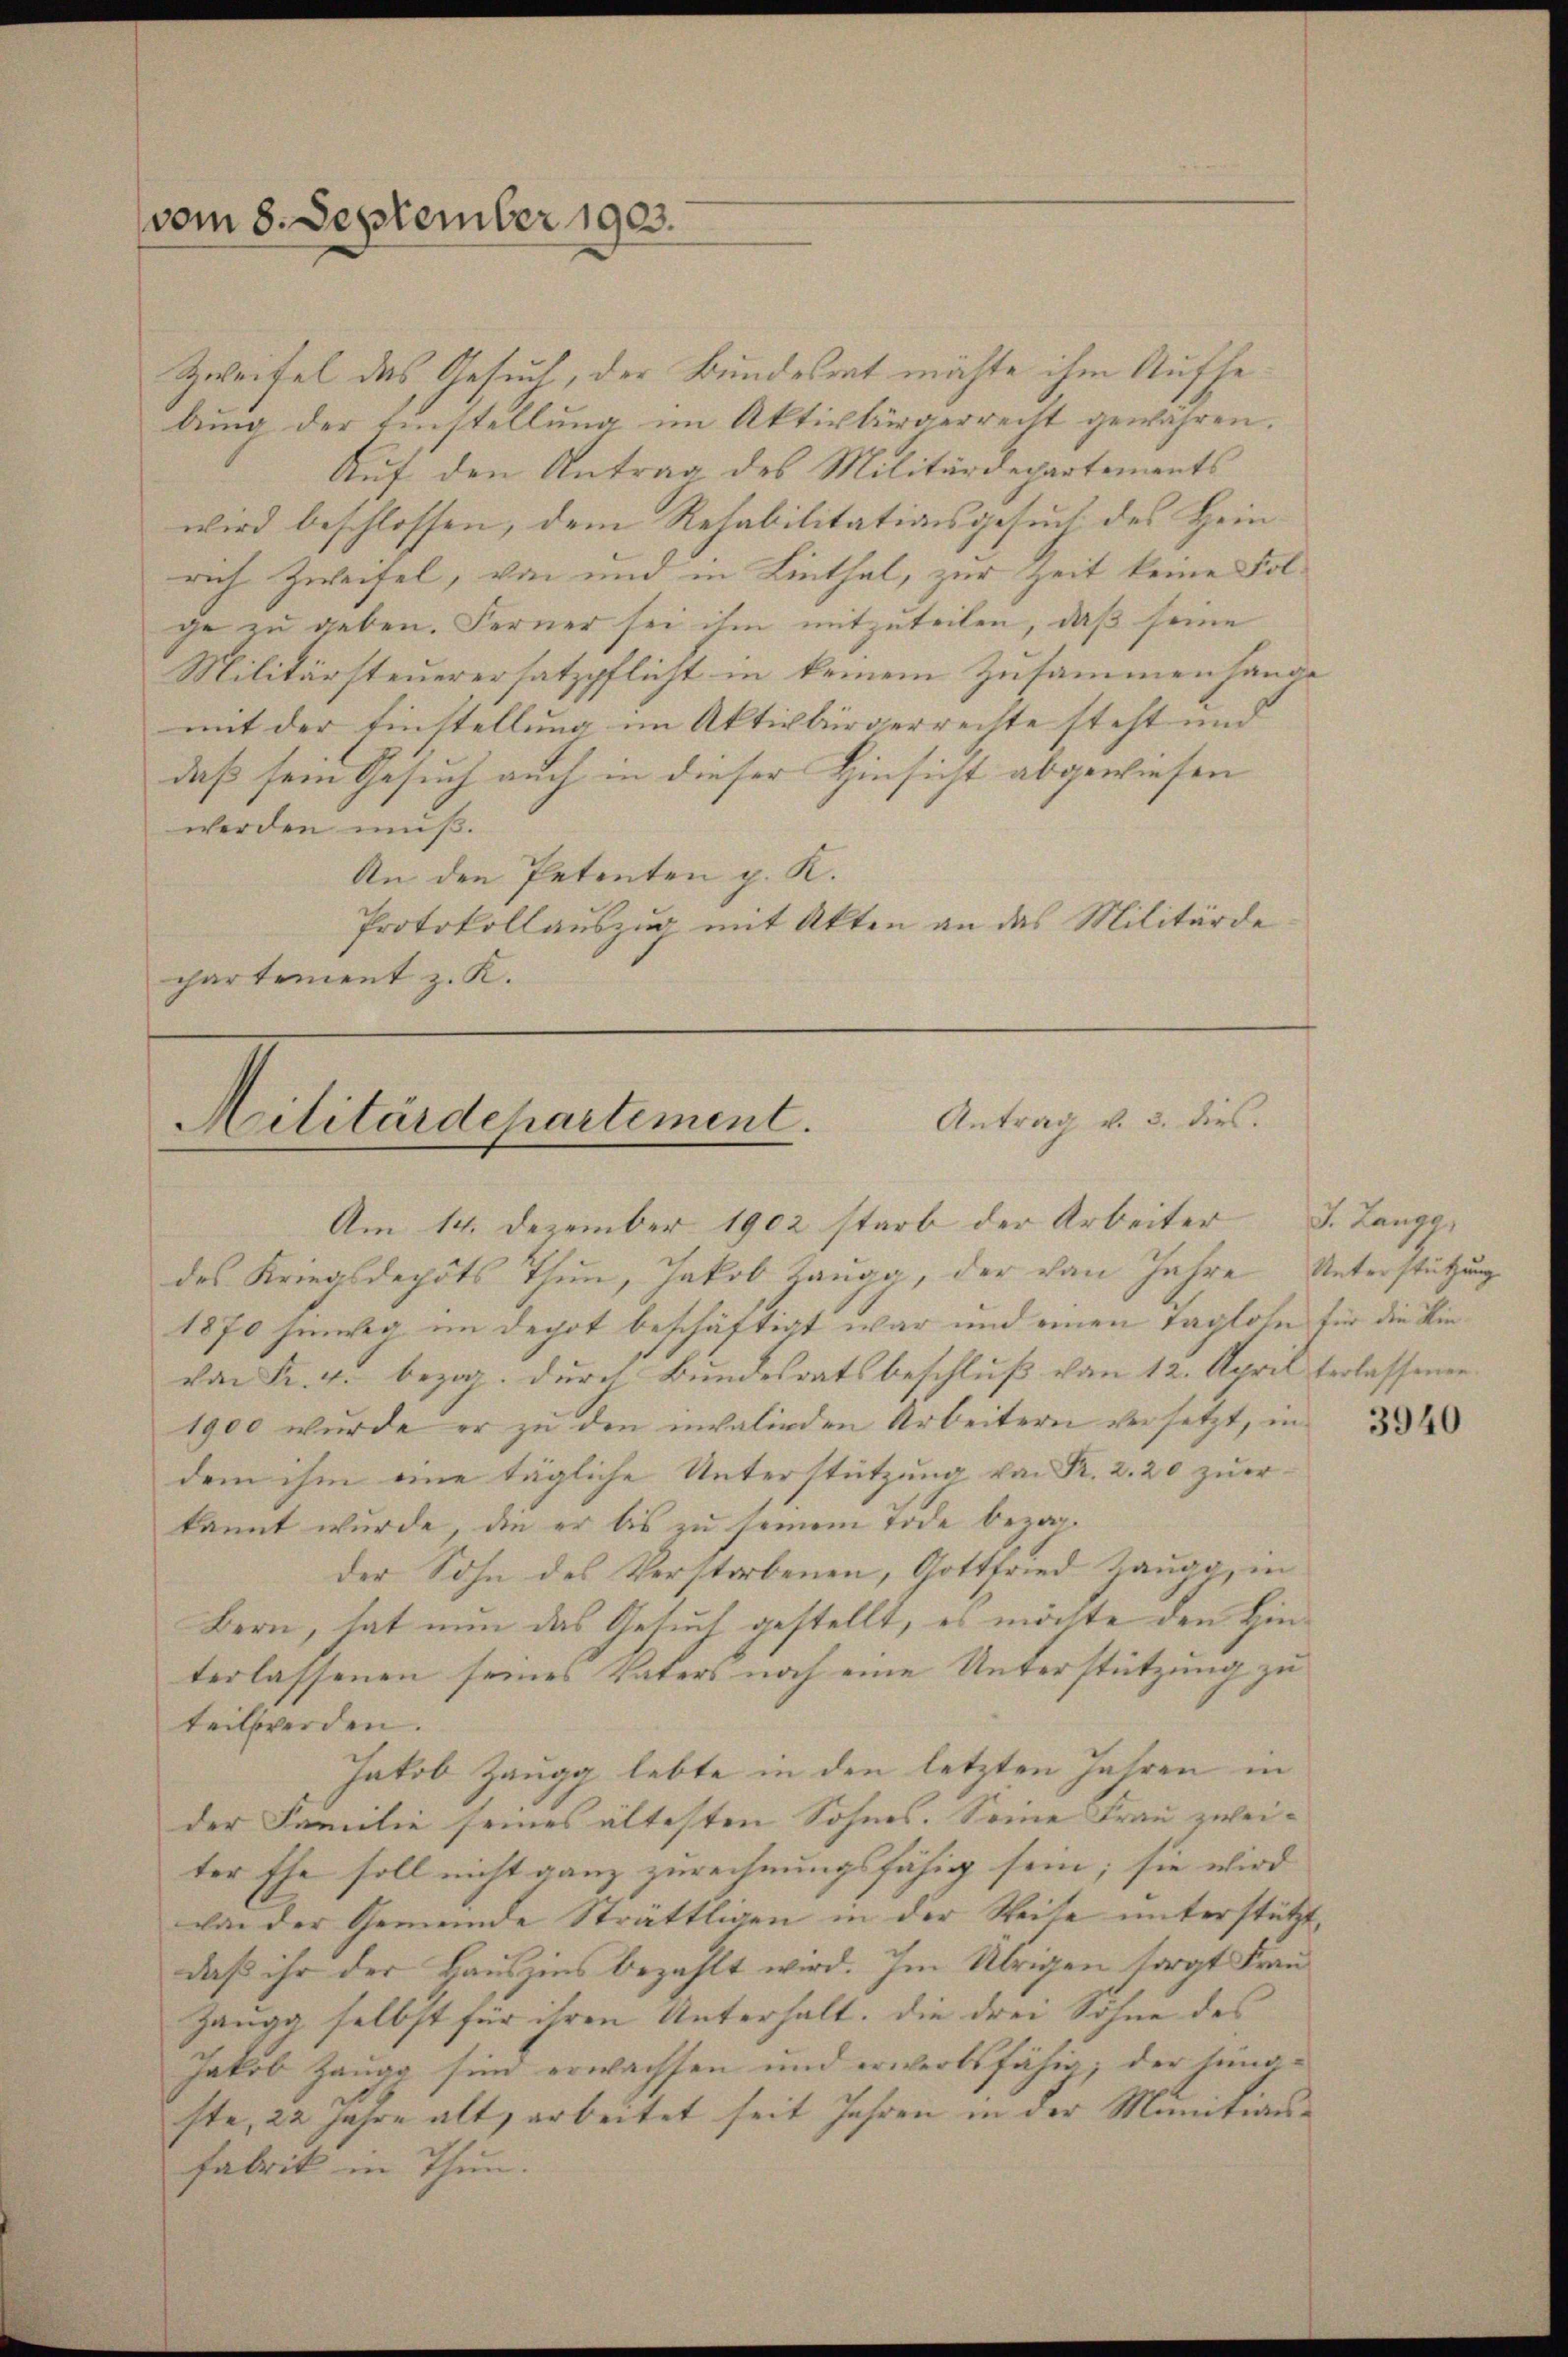
vom 8. September 1903.

Zweifel das Gesuch, der Bundesrat möchte ihm Aufhebung der Einstellung im Aktivbürgerrecht gewähren.
Auf den Antrag des Militärdepartements
wird beschlossen, dem Resabilitationsgesuch des Heinrich Zweifel, von und in Linthal, zur Zeit keine Folge zu geben. Ferner sei ihm mitzuteilen, daß seine
Militärsteuerersatzpflicht in keinem Zusammenhange
mit der Einstellung im Aktivbürgerrechte steht und
daß sein Gesuch auch in dieser Hinsicht abgewiesen
werden muß.
An den Petenten p. K.
Protokollauszug mit Akten an das Militärde
chartement z. K.

Militärdepartement. Antrag v. 3. dies.

Am 14. Dezember 1902 starb der Arbeiter
des Kriegsdepots Thun, Jakob Zaugg, der von Jahre Unterstützung
1870 hinweg im Depot beschäftigt war und einen Taglohn für die Kinvon Fr. 4. bezog. Durch Bundesratsbeschluß von 12. April verlassenen
1900 wurde er zu den invalieden Arbeitern versetzt, in
dem ihm eine tägliche Unterstützung von Fr. 2. 20 zuer-
kannt wurde, die er bis zu seinem Tode bezahder Sohn des Verstorbenen, Gottfried Zaugg, in
Bern, hat nun das Gesuch gestellt, es möchte den Hinterlassenen seines Vaters noch eine Unterstützung zu
teilwerden. |
Jakob Zaugg lebte in den letzten Jahren in
der Familie seines ältesten Sohnes. Seine Frau zwei-
ter Ehe soll nicht ganz zurechnungsfähig sein; sie wird
van der Gemeinde Strättligen in der Weite unterstützt,
daß ihr der Hauszins bezahlt wird. Im Übrigen sorgt Frau
Zaugg selbst für ihren Unterhalt, die drei Söhne des
Jakob Zaugg sind erwachsen und erwerbsfähig; der sinoste, 22 Jahre alt, arbeitet seit Jahren in der Munitions¬
Fabrik in Thun.

J. Langg,

3940